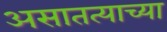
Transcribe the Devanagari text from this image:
असातत्याच्या